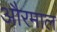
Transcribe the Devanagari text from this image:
औरमाल